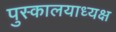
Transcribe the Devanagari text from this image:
पुस्कालयाध्यक्ष